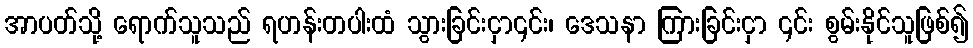
အာပတ်သို့ ရောက်သူသည် ရဟန်းတပါးထံ သွားခြင်းငှာ၎င်း၊ ဒေသနာ ကြားခြင်းငှာ ၎င်း စွမ်းနိုင်သူဖြစ်၍